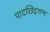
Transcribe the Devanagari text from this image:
पादछिद्रगण